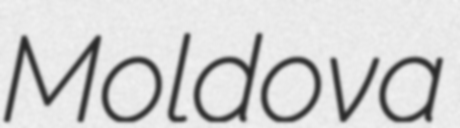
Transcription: Moldova